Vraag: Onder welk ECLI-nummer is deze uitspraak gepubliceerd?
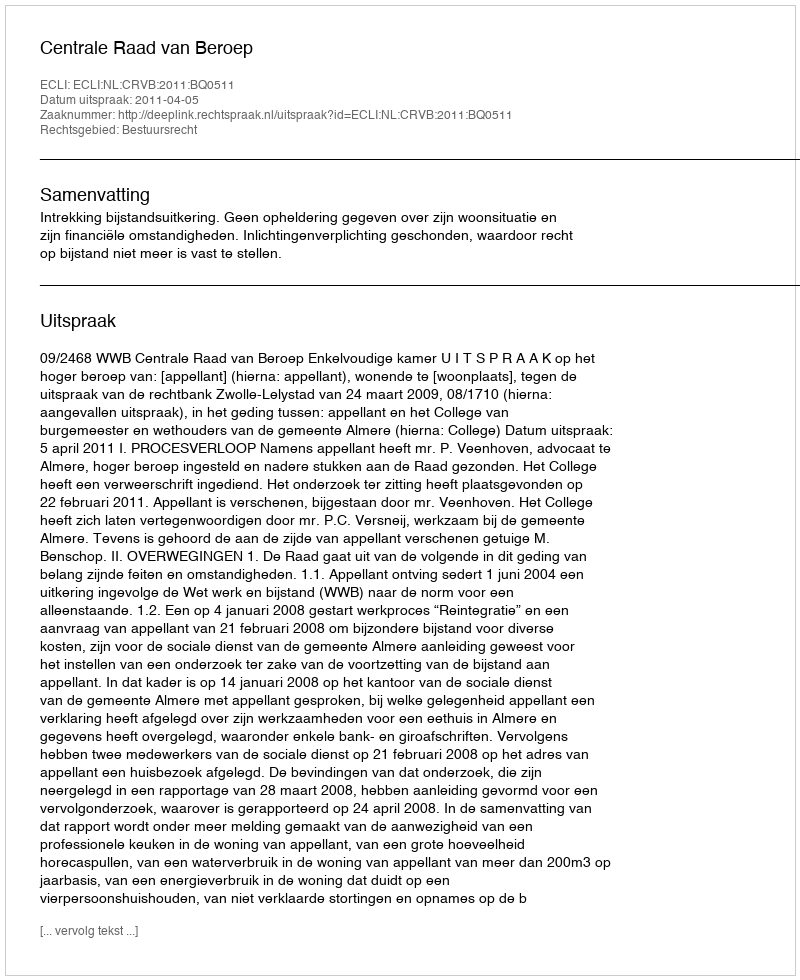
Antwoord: ECLI:NL:CRVB:2011:BQ0511